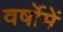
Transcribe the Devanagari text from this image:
वर्षोमें